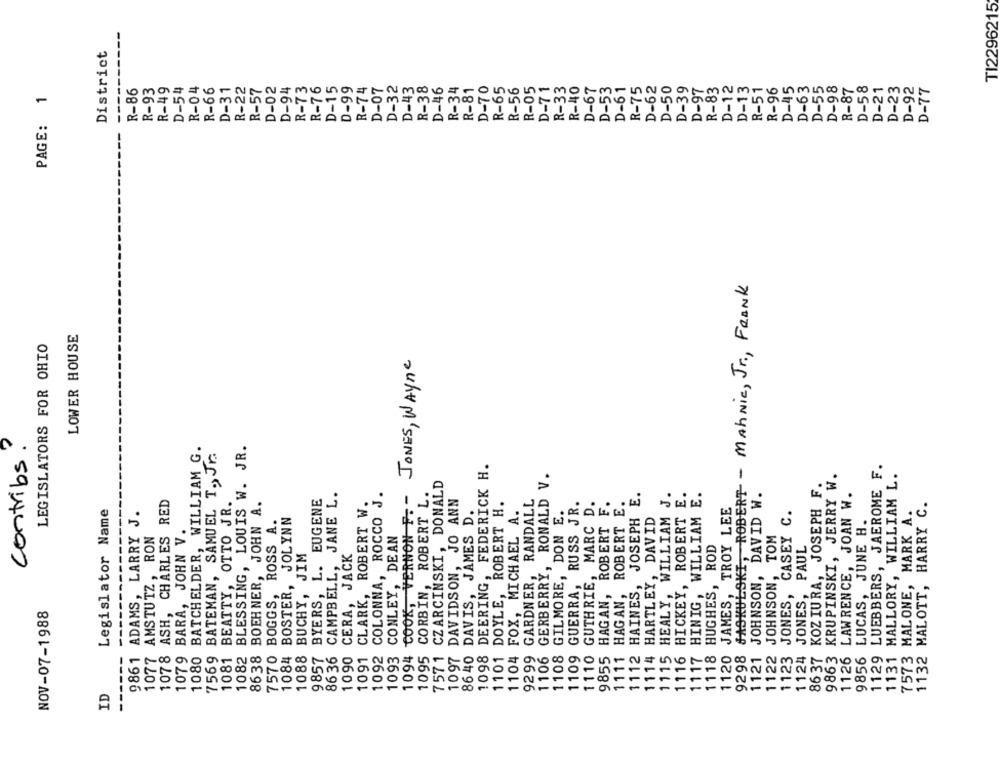
TI2296215
District
R-76
R-33
D-62
D-12
D-63
D-98
D-58
R-86
R-93
R-49
D-54
R-04
R-66
D-31
R-22
R-57
D-02
D-94
R-73
D-15
D-99
R-74
D-07
D-32
D-43
R-38
D-46
R-34
R-81
D-70
R-65
R-56
R-05
D-71
R-40
D-67
D-53
D-61
R-75
D-50
D-39
D-97
R-83
D-13
R-51
R-96
D-45
D-55
R-87
D-21
D-23
D-92
D-77
PAGE: 1
9298 GAOKULSKI, ROBERT - MahNic, Jr ., FRANK
LOWER HOUSE
LEGISLATORS FOR OHIO
JONES, Wayne
contribs.
1080 BATCHELDER, WILLIAM G.
1082 BLESSING, LOUIS W. JR.
7569 BATEMAN, SAMUEL T. Jr.
1098 DEERING, FEDERICK H.
1129 LUEBBERS, JAEROME F.
9863 KRUPINSKI, JERRY W.
1131 MALLORY, WILLIAM L.
GERBERRY, RONALD V.
KOZIURA, JOSEPH F.
7571 CZARCIŃSKI, DONALD
JANE L.
CAMPBELL, JANE L.
COLONNA, ROCCO J.
1094 COOK, VERNON F. -
1095 CORBIN, ROBERT L.
JOSEPH E.
1115 HEALY, WILLIAM J.
1116 HICKEY, ROBERT E.
1117 HINIG, WILLIAM E.
1121 JOHNSON, DAVID W.
1126 LAWRENCE, JOAN W.
1078 ASH, CHARLES RED
1081 BEATTY, OTTO JR.
8638 BOEHNER, JOHN A.
9857 BYERS, L. EUGENE
CLARK, ROBERT W.
1097 DAVIDSON, JO ANN
1101 DOYLE, ROBERT H.
9299 GARDNER, RANDALL
1109 GUERRA, RUSS JR.
1110 GUTHRIE, MARC D.
HAGAN, ROBERT F.
1111 HAGAN, ROBERT E.
Legislator Name
1104 FOX, MICHAEL A.
1108 GILMORE, DON E.
1120 JAMES, TROY LEE
7573 MALONE, MARK A.
1132 MALOTT, HARRY C.
9861 ADAMS, LARRY J.
1084 BOSTER, JOLYNN
86 40 DAVIS, JAMES D.
1114 HARTLEY, DAVID
1123 JONES, CASEY C.
9856 LUCAS, JUNE H.
7570 BOGGS, ROSS A.
1079 BARA, JOHN V.
------------
1077 AMSTUTZ, RON
CONLEY, DEAN
1122 JOHNSON, TOM
1118 HUGHES, ROD
1124 JONES, PAUL
1088 BUCHY, JIM
CERA, JACK
HAINES,
NOV-07-1988
------
9857
86 36
1090
1091
1106
9855
1112
1123
86 37
1092
1093
ID